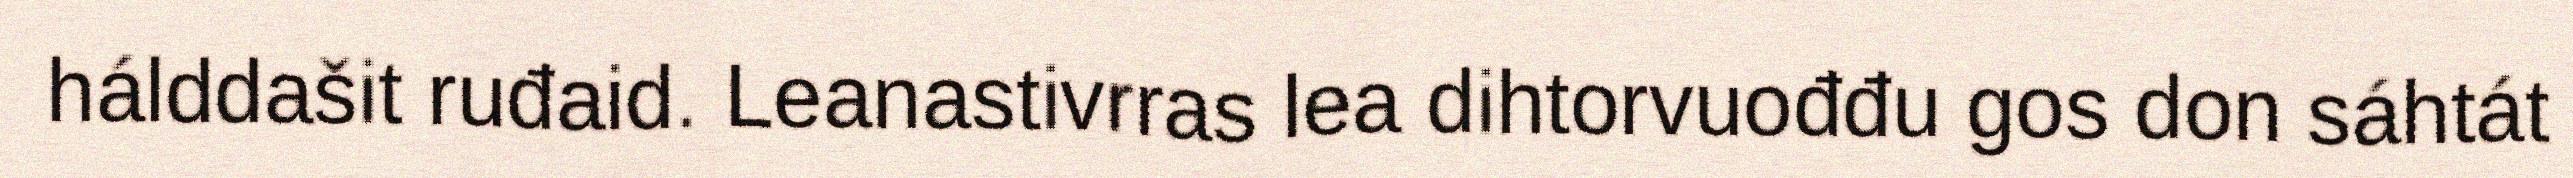
hálddašit ruđaid. Leanastivrras lea dihtorvuođđu gos don sáhtát